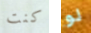
كنت لو